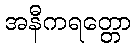
အနီကရတ္တော